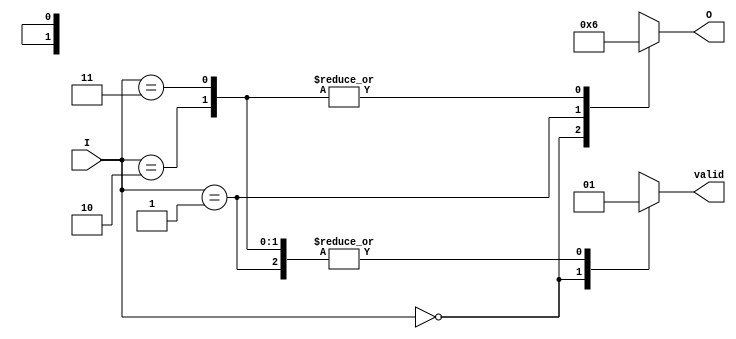
module binary_encoder (
    input  [1:0] I,      // 2 input lines (I0, I1)
    output reg [1:0] O,  // 2-bit binary output (O0, O1)
    output reg valid     // Indicates if the output is valid (active input)
);

    always @(*) begin
        case (I)
            2'b00: begin
                O = 2'b00;  // No active input
                valid = 1'b0;
            end
            2'b01: begin
                O = 2'b01;  // Input I1 is active
                valid = 1'b1;
            end
            2'b10: begin
                O = 2'b10;  // Input I0 is active
                valid = 1'b1;
            end
            2'b11: begin
                O = 2'b10;  // Both I0 and I1 are active; prioritizing I0
                valid = 1'b1;
            end
            default: begin
                O = 2'b00;  // Default case (not expected)
                valid = 1'b0;
            end
        endcase
    end

endmodule